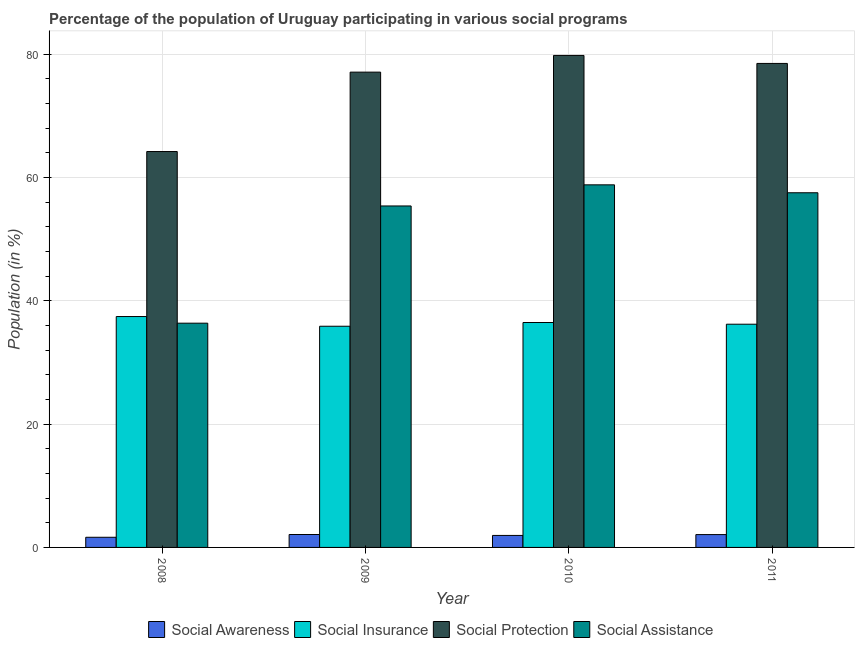
| Year | Social Awareness | Social Insurance | Social Protection | Social Assistance |
 | --- | --- | --- | --- | --- |
 | 2008 | 1.65 | 37.4 | 64.2 | 36.4 |
 | 2009 | 2.1 | 35.9 | 77.1 | 55.4 |
 | 2010 | 1.95 | 36.5 | 79.8 | 58.8 |
 | 2011 | 2.08 | 36.2 | 78.5 | 57.5 |